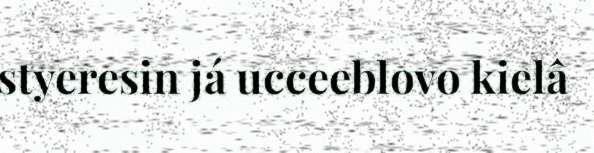
styeresin já ucceeblovo kielâ